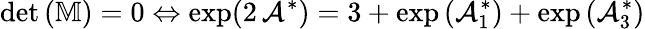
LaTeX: \operatorname*{det}\left(\mathbb{M}\right)=0\Leftrightarrow\exp(2\, \mathcal{A}^{\ast})=3+\exp\left(\mathcal{A}_{1}^{\ast}\right)+\exp\left(\mathcal{A}_{3}^{\ast}\right)